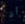
أن